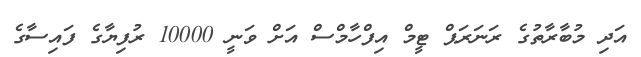
އަދި މުބާރާތުގެ ރަނަރަޕް ޓީމް އިފްހާމްސް އަށް ވަނީ 10000 ރުފިޔާގެ ފައިސާގެ